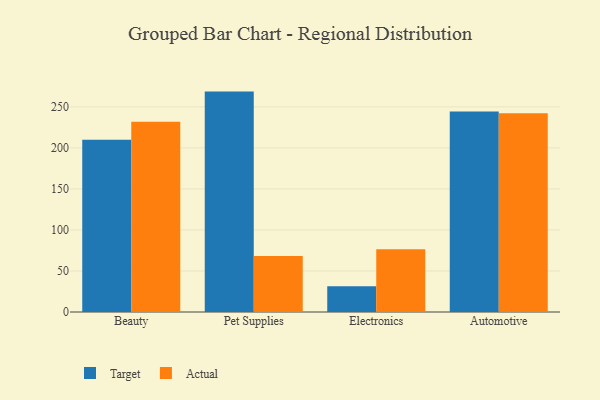
{"axis": {"x": "Category", "y": "Operating Costs (USD K)"}, "legend": ["Actual", "Target"], "data": [{"x": "Beauty", "y": 209.8, "type": "Target"}, {"x": "Beauty", "y": 232.0, "type": "Actual"}, {"x": "Pet Supplies", "y": 268.6, "type": "Target"}, {"x": "Pet Supplies", "y": 68.2, "type": "Actual"}, {"x": "Electronics", "y": 31.5, "type": "Target"}, {"x": "Electronics", "y": 76.4, "type": "Actual"}, {"x": "Automotive", "y": 244.2, "type": "Target"}, {"x": "Automotive", "y": 242.2, "type": "Actual"}]}